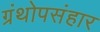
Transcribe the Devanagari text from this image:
ग्रंथोपसंहार